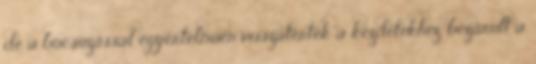
de a búcsúzással egyértelműen visszatértek a kezdetekhez, bezárult a